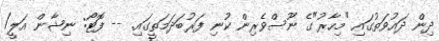
ދިން ދައުވަތުގައި "މިހާރު"ގެ ނޫސްވެރިން ކުނި ފަރުބަދަމަތީގައި. -- ފޮޓޯ: ނިޝާން އަލީ/